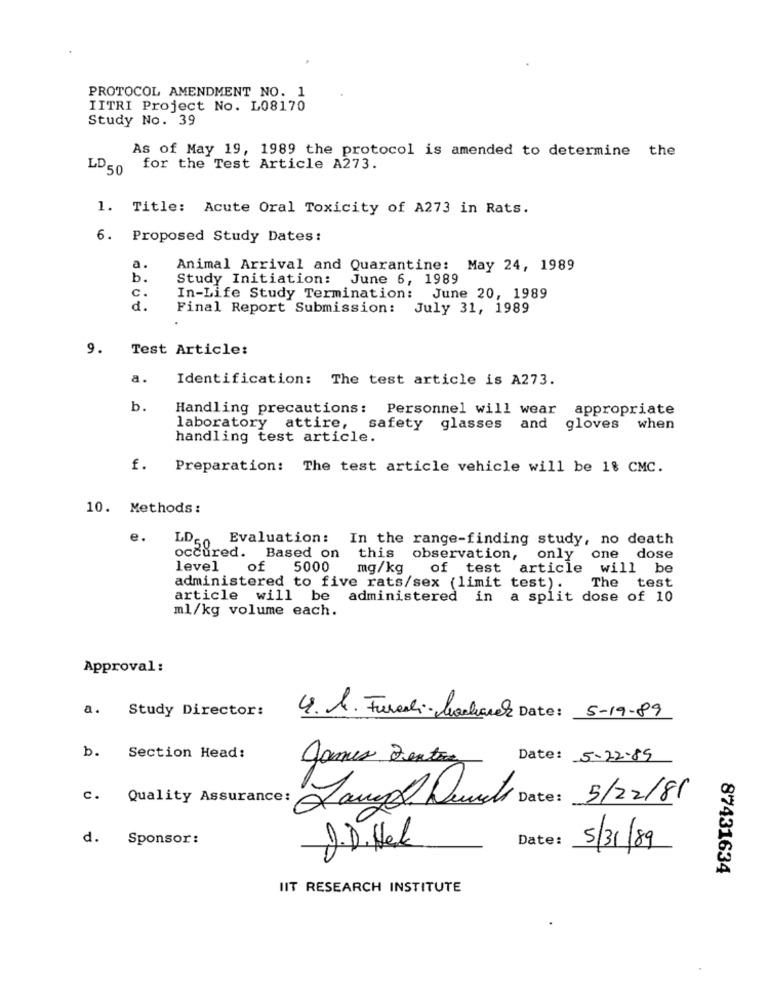
PROTOCOL AMENDMENT NO. 1
IITRI Project No. L08170
Study No. 39
As of May 19, 1989 the protocol is amended to determine the
LD50
for the Test Article A273.
1. Title: Acute Oral Toxicity of A273 in Rats.
6. Proposed Study Dates:
a.
Animal Arrival and Quarantine: May 24, 1989
b.
Study Initiation: June 6, 1989
C.
In-Life Study Termination: June 20, 1989
d.
Final Report Submission: July 31, 1989
9.
Test Article:
a.
Identification: The test article is A273.
b.
Handling precautions: Personnel will wear appropriate
laboratory attire, safety glasses
and gloves when
handling test article.
f.
Preparation: The test article vehicle will be 18 CMC.
10. Methods:
e.
LD
Evaluation: In the range-finding study, no death
Based on
only
occured.
this
observation,
one dose
level
of 5000
mg/kg
of test article
will be
The test
administered to five rats/sex (limit test).
article will be administered in a split dose of 10
ml/kg volume each.
Approval :
Study Director:
a.
4. I. Furesli- bacharel Date: 5-19-89
b. Section Head:
James Sexton
Date: 5-22-85
c.
Quality Assurance: Langs Quindi Date : 5/22/81
d.
Sponsor :
Date:
J. D. Hel
5/31/89
87431634
IIT RESEARCH INSTITUTE